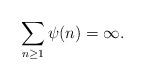
LaTeX: \begin{align*}\sum_{n\geq 1}\psi(n)=\infty.\end{align*}